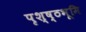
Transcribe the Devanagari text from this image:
पृश्ष्‍ठभूमि